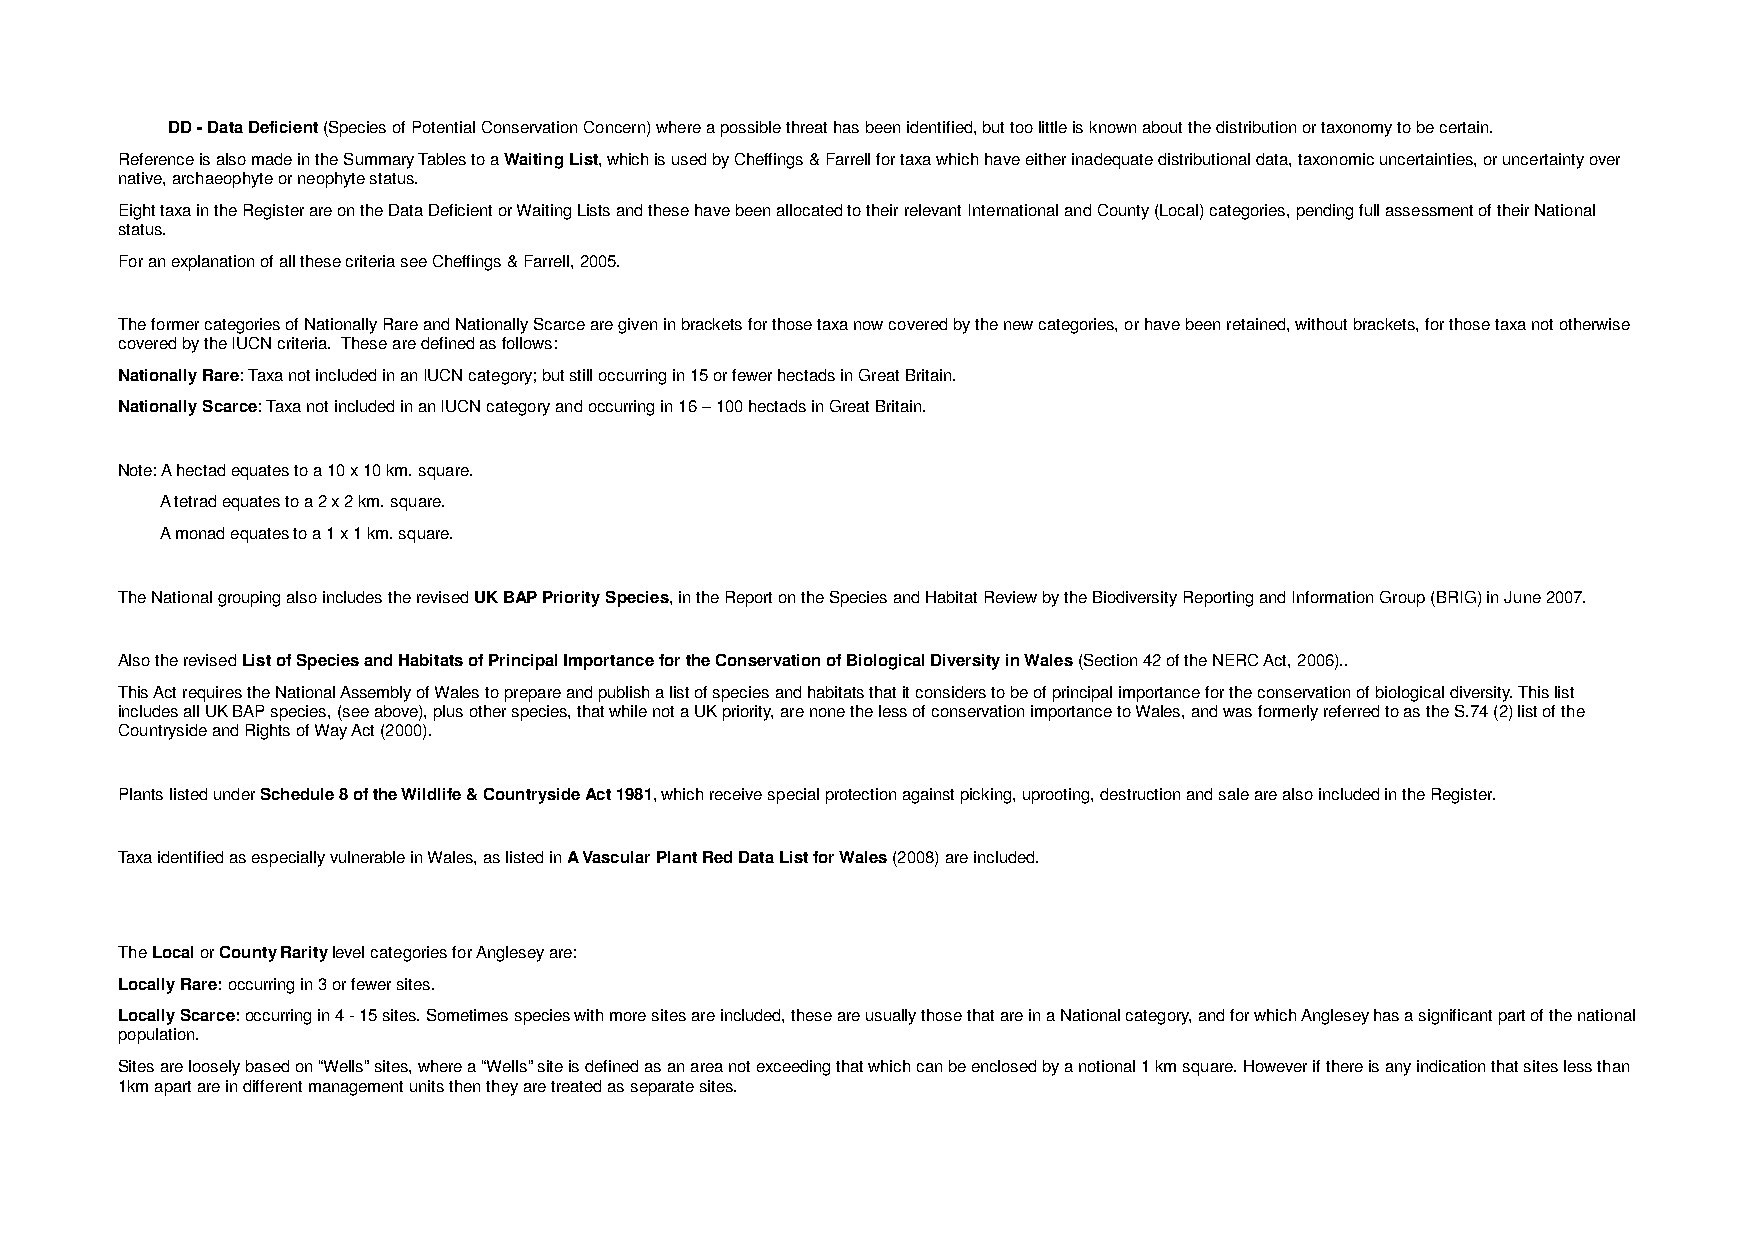
DD - Data Deficient (Species of Potential Conservation Concern) where a possible threat has been identified, but too little is known about the distribution or taxonomy to be certain.
 Reference is also made in the Summary Tables to a Waiting List, which is used by Cheffings & Farrell for taxa which have either inadequate distributional data, taxonomic uncertainties, or uncertainty over
 native, archaeophyte or neophyte status.
 Eight taxa in the Register are on the Data Deficient or Waiting Lists and these have been allocated to their relevant International and County (Local) categories, pending full assessment of their National
 status.
 For an explanation of all these criteria see Cheffings & Farrell, 2005.
 The former categories of Nationally Rare and Nationally Scarce are given in brackets for those taxa now covered by the new categories, or have been retained, without brackets, for those taxa not otherwise
 covered by the IUCN criteria. These are defined as follows:
 Nationally Rare: Taxa not included in an IUCN category; but still occurring in 15 or fewer hectads in Great Britain.
 Nationally Scarce: Taxa not included in an IUCN category and occurring in 16 – 100 hectads in Great Britain.
 Note: A hectad equates to a 10 x 10 km. square.
 A tetrad equates to a 2 x 2 km. square.
 A monad equates to a 1 x 1 km. square.
 The National grouping also includes the revised UK BAP Priority Species, in the Report on the Species and Habitat Review by the Biodiversity Reporting and Information Group (BRIG) in June 2007.
 Also the revised List of Species and Habitats of Principal Importance for the Conservation of Biological Diversity in Wales (Section 42 of the NERC Act, 2006)..
 This Act requires the National Assembly of Wales to prepare and publish a list of species and habitats that it considers to be of principal importance for the conservation of biological diversity. This list
 includes all UK BAP species, (see above), plus other species, that while not a UK priority, are none the less of conservation importance to Wales, and was formerly referred to as the S.74 (2) list of the
 Countryside and Rights of Way Act (2000).
 Plants listed under Schedule 8 of the Wildlife & Countryside Act 1981, which receive special protection against picking, uprooting, destruction and sale are also included in the Register.
 Taxa identified as especially vulnerable in Wales, as listed in A Vascular Plant Red Data List for Wales (2008) are included.
 The Local or County Rarity level categories for Anglesey are:
 Locally Rare: occurring in 3 or fewer sites.
 Locally Scarce: occurring in 4 - 15 sites. Sometimes species with more sites are included, these are usually those that are in a National category, and for which Anglesey has a significant part of the national
 population.
 Sites are loosely based on “Wells” sites, where a “Wells” site is defined as an area not exceeding that which can be enclosed by a notional 1 km square. However if there is any indication that sites less than
 1km apart are in different management units then they are treated as separate sites.